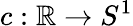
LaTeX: c:\mathbb{R}\to S^{1}